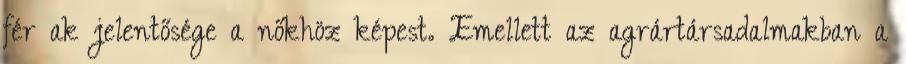
férﬁak jelentősége a nőkhöz képest. Emellett az agrártársadalmakban a